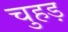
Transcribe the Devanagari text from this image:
चुहड़